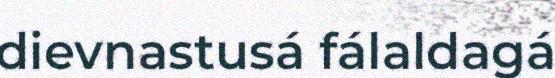
dievnastusá fálaldagá